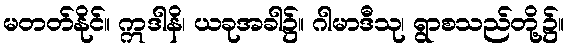
မတတ်နိုင်။ ဣဒါနိ၊ ယခုအခါ၌။ ဂါမာဒီသု၊ ရွာစသည်တို့၌။